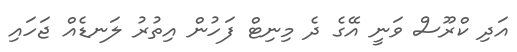
އަދި ކްރޫސް ވަނީ އޭގެ ދެ މިނިޓް ފަހުން އިތުރު ލަނޑެއް ޖަހައި